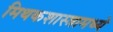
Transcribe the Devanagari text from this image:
मिथकशास्त्रामध्ये